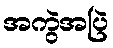
အကွဲအပြဲ